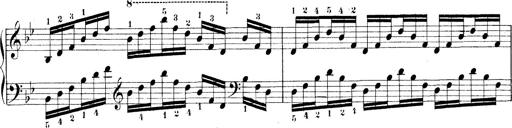
Title: Technische Studien
Composer: Franz Liszt